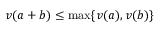
v ( a + b ) \leq \mathrm { m a x } \{ v ( a ) , v ( b ) \}